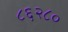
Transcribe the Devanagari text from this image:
८६२८०